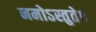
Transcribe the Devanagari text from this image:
नमोऽस्तुते॥